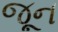
જૂૂન